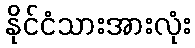
နိုင်ငံသားအားလုံး